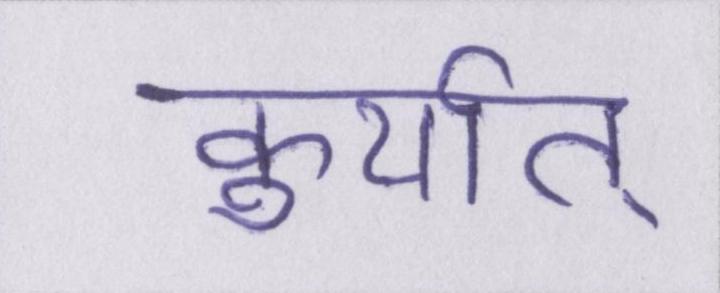
कुर्यात्